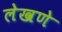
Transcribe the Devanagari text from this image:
लेखणे